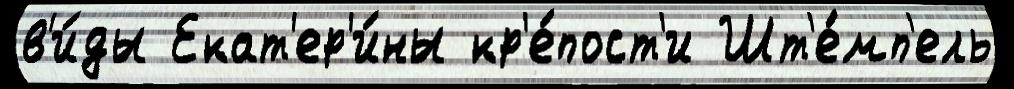
в'и́ды Екат'ер'и́ны кр'е́пост'и Шт'е́мп'ель